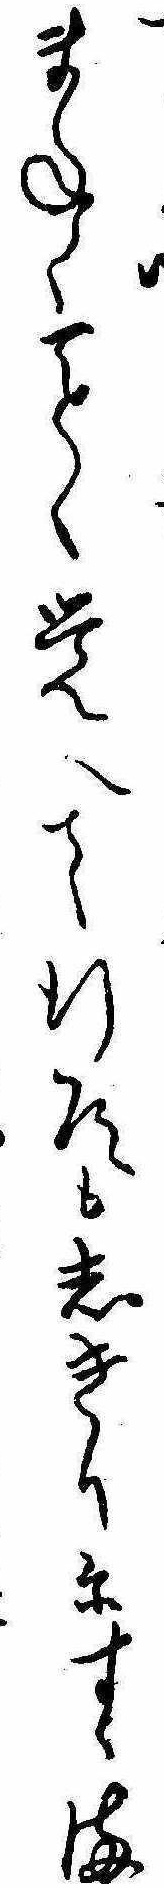
まねくく覚へて行道もしきりにすゝま